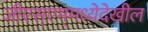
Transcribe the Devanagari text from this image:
जीएस्‌एम्‌मध्येदेखील